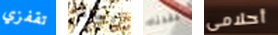
تقفزي آنسات فقدناه أحلامى